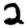
Digit: 2